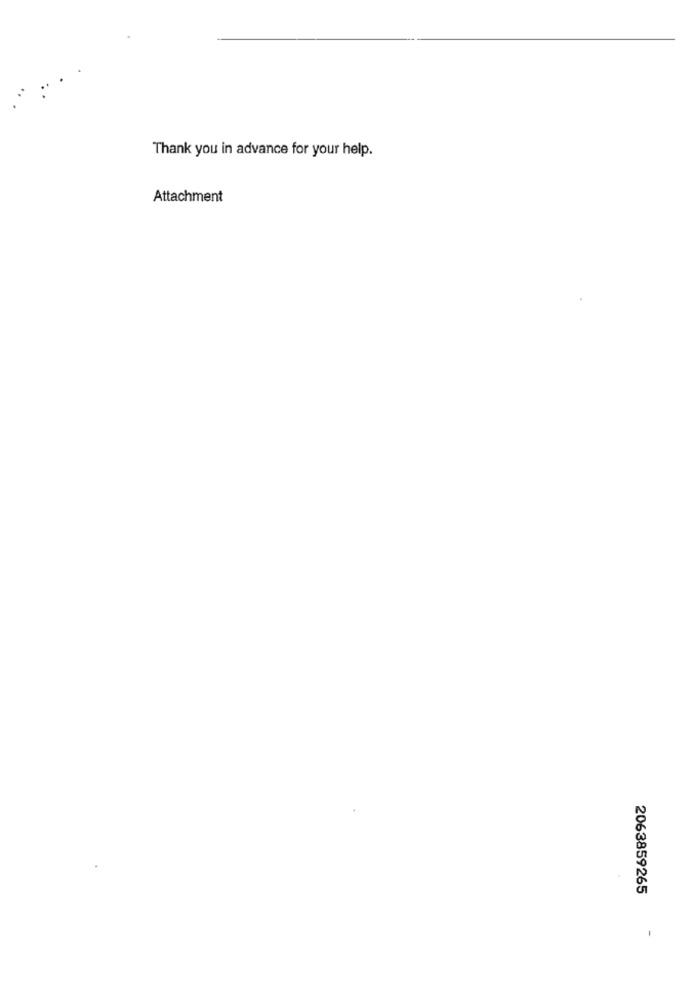
Thank you in advance for your help.
Attachment
2063859265